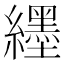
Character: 纆